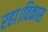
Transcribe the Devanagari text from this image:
रहा।विकास